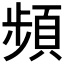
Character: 頻